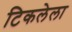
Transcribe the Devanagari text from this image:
टिकलेला